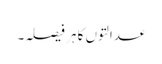
عدالتوں کا ہر فیصلہ۔